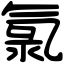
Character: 氯